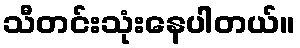
သီတင်းသုံးနေပါတယ်။